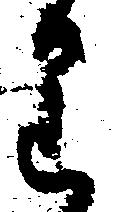
り